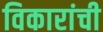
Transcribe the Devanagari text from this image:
विकारांची